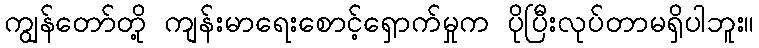
ကျွန်တော်တို့ ကျန်းမာရေးစောင့်ရှောက်မှုက ပိုပြီးလုပ်တာမရှိပါဘူး။